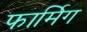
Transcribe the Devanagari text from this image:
फार्मिग